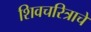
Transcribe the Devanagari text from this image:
शिवचरित्राचे